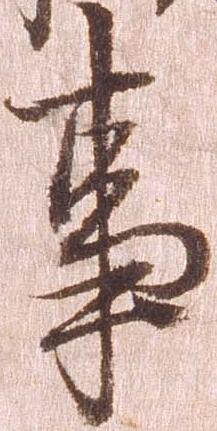
事